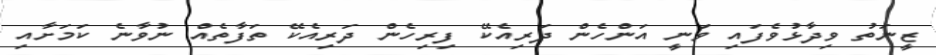
ޒީނަތު ވިދާޅުވެފައި ވަނީ އަންހެން ދަރިއެކޭ ފިރިހެން ދަރިއެކޭ ތަފާތެއް ނުވާނެ ކަމަށާއި